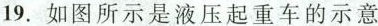
19.如图所示是液压起重车的示意